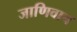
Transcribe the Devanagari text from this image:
जाणिवाच